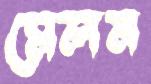
মেলন